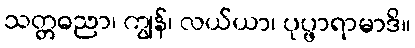
သတ္တဓညာ၊ ကျွန်၊ လယ်ယာ၊ ပုပ္ဖာရာမာဒိ။